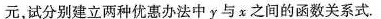
元，试分别建立两种优惠办法中y与x之间的函数关系式.